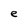
Character: e